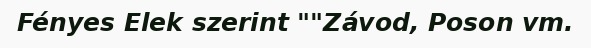
Fényes Elek szerint ""Závod, Poson vm.